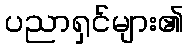
ပညာရှင်များ၏